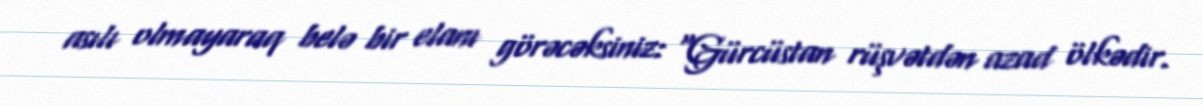
asılı olmayaraq belə bir elanı görəcəksiniz: “Gürcüstan rüşvətdən azad ölkədir.